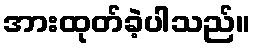
အားထုတ်ခဲ့ပါသည်။